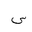
Letter: _sin